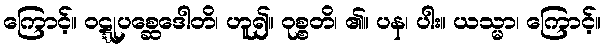
ကြောင့်။ ဝဋ္ဋုပစ္ဆေဒေါတိ၊ ဟူ၍။ ဝုစ္စတိ၊ ၏။ ပန၊ ပါး။ ယသ္မာ၊ ကြောင့်။